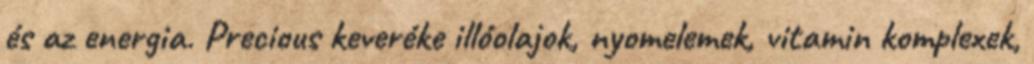
és az energia. Precious keveréke illóolajok, nyomelemek, vitamin komplexek,